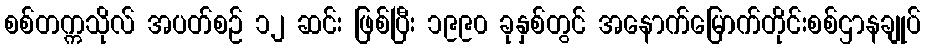
စစ်တက္ကသိုလ် အပတ်စဉ် ၁၂ ဆင်း ဖြစ်ပြီး ၁၉၉၀ ခုနှစ်တွင် အနောက်မြောက်တိုင်းစစ်ဌာနချုပ်